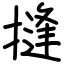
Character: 摓